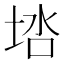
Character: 𰉶